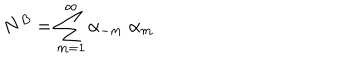
N ^ { B } = \sum _ { m = 1 } ^ { \infty } \alpha _ { - m } \; \alpha _ { m }